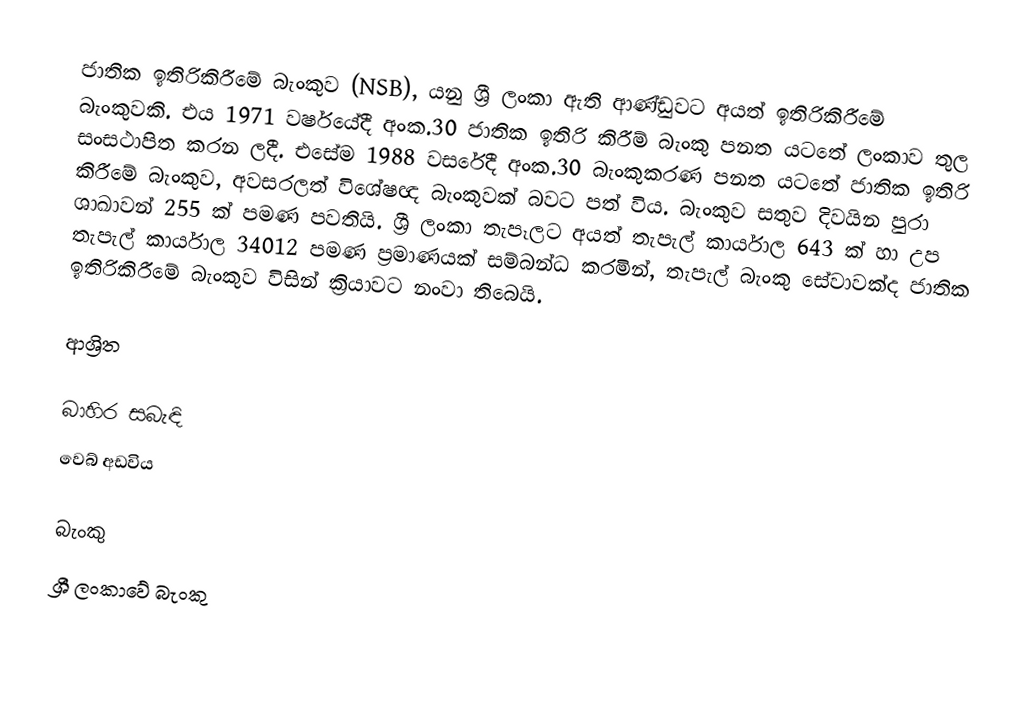
ජාතික ඉතිරිකිරීමේ බැංකුව (NSB), යනු ශ්‍රී ලංකා ඇති ආණ්ඩුවට අයත් ඉතිරිකිරීමේ බැංකුවකි. එය 1971 වර්ෂයේදී අංක.30 ජාතික ඉතිරි කිරීම් බැංකු පනත යටතේ ලංකාව තුල සංසථාපිත කරන ලදී. එසේම 1988 වසරේදී  අංක.30 බැංකුකරණ පනත යටතේ ජාතික ඉතිරි කිරීමේ බැංකුව, අවසරලත් විශේෂඥ බැංකුවක් බවට පත් විය. බැංකුව සතුව දිවයින පුරා ශාඛාවන් 255 ක් පමණ පවතියි. ශ්‍රී ලංකා තැපෑලට අයත් තැපැල් කාර්යාල 643 ක් හා උප තැපැල් කාර්යාල 34012 පමණ ප්‍රමාණයක් සම්බන්ධ කරමින්, තැපැල් බැංකු සේවාවක්ද ජාතික ඉතිරිකිරීමේ බැංකුව විසින් ක්‍රියාවට නංවා තිබෙයි.

ආශ්‍රිත

බාහිර සබැඳි
 වෙබ් අඩවිය

බැංකු
ශ්‍රී ලංකාවේ බැංකු